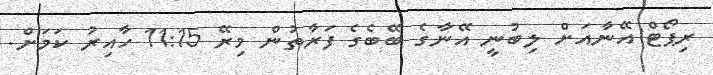
ރިޕޯޓް އޭނާއަށް ލިބުނީ އޭނާގެ ބޭބެގެ ފަރާތުން މިރޭ 11:15 ހާއިރު ކަމަށް.